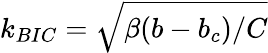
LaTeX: k_{BIC}=\sqrt{\beta(b-b_{c})/C}